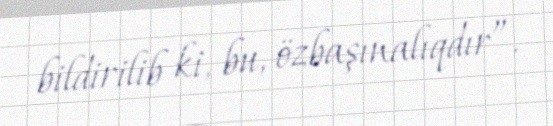
bildirilib ki, bu, özbaşınalıqdır”.